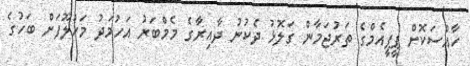
ހާއްސަކޮށް ޕީޕީއެމްގެ ތަރުޖަމާން ގަލޮޅު ދެކުނު ދާއިރާގެ މެމްބަރު އަހުމަދު މަހުލޫފަށް ބަހުގެ